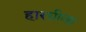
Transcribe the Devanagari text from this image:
हारग्रीव्झ